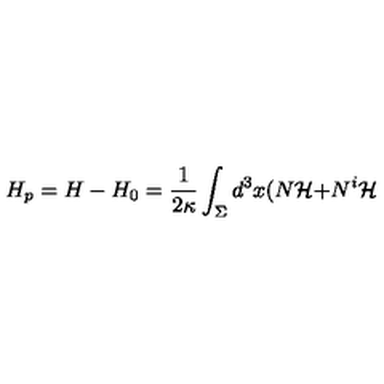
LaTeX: H _ { p } = H - H _ { 0 } = \frac { 1 } { 2 \kappa } \int _ { \Sigma } d ^ { 3 } x ( N { \cal H + } N ^ { i } { \cal H }